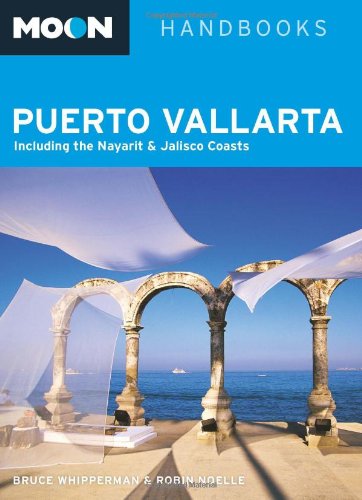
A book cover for Moon Puerto Vallarta: Including the Nayarit and Jalisco Coasts (Moon Handbooks); Bruce Whipperman; Travel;